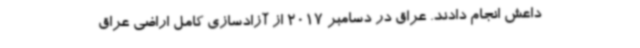
داعش انجام دادند. عراق در دسامبر 2017 از آزادسازی کامل اراضی عراق